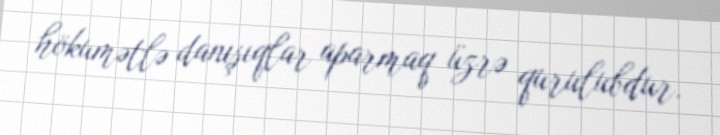
hökumətlə danışıqlar aparmaq üzrə qurulubdur.